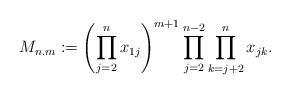
LaTeX: \begin{gather*} M_{n.m}:=\left( \prod_{j=2}^{n} x_{1j} \right)^{m+1} \prod_{j=2}^{n-2} \prod_{k=j+2}^{n} x_{jk}. \end{gather*}